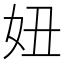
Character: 妞